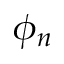
\phi _ { n }